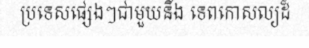
ប្រទេសផ្សេងៗជាមួយនឹង ទេពកោសល្យដ៏